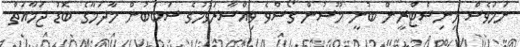
ނަމަވެސް މިނިސްޓްރީން ބުނީ މޫސުން ގޯސްވެ ވިއްސާރަވުމުގެ ސަބަބުން މާދަމާގެ ބޮޑު ޖަމާއަތް